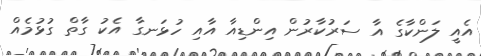
އެއީ ލަންކާގެ އާ ސަރުކާރުން އިންޑިއާ އާއި ހުޅަނގާ އެކު ގާތް ގުޅުމެއް